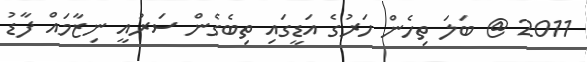
2011 @ ބަލަ ތިހެން ހަރުގެ އަޑީގައި ތިބެގެން ސަރުއީ ނިޒާމައް ފާޑު